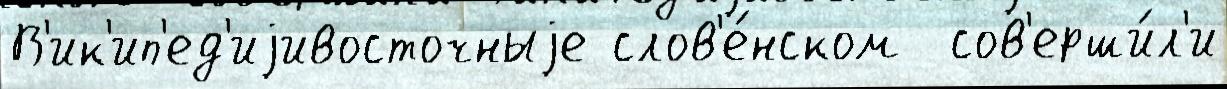
В'ик'ип'ед'иjивосточныjе слов'е́нском  сов'ерши́л'и